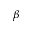
\beta